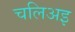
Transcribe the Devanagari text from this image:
चलिअइ